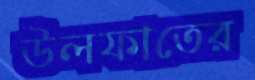
উলফাতের